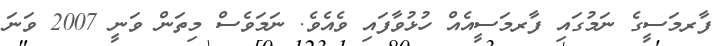
ފާރމަސީގެ ނަމުގައި ފާރމަސީއެއް ހުޅުވާފައި ވެއެވެ. ނަމަވެސް މިތަން ވަނީ 2007 ވަނަ